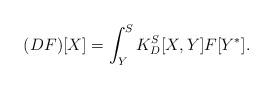
LaTeX: \begin{align*}(DF)[X] = \int_{Y}^S K_D^S[X, Y] F[Y^*].\end{align*}